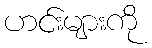
ဟင်းများကို